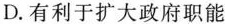
D.有利于扩大政府职能